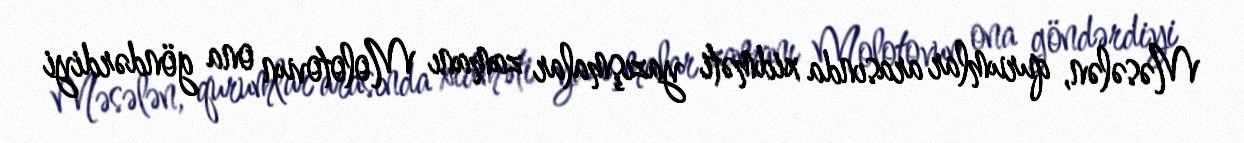
Məsələn, qurumlar arasında xidməti yazışmalar zamanı Molotovun ona göndərdiyi